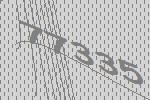
77335